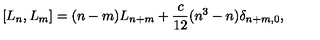
[ L _ { n } , L _ { m } ] = ( n - m ) L _ { n + m } + \frac { c } { 1 2 } ( n ^ { 3 } - n ) { \delta } _ { n + m , 0 } ,